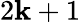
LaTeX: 2\mathbf{k}+1